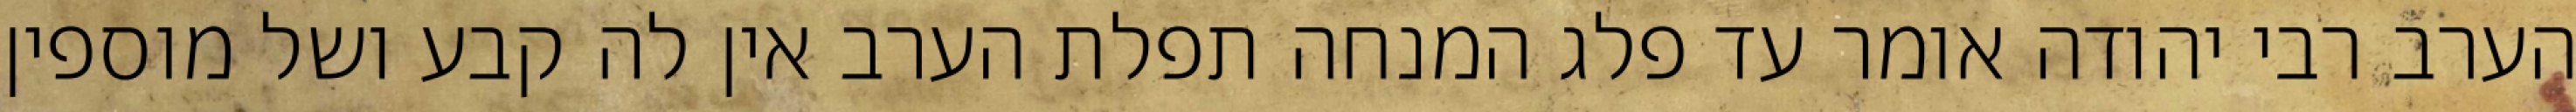
הערב רבי יהודה אומר עד פלג המנחה תפלת הערב אין לה קבע ושל מוספין